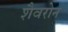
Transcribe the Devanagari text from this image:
शैवरोन